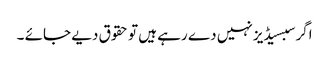
اگر سبسیڈیز نہیں دے رہے ہیں تو حقوق دیے جائے ۔